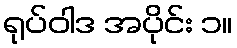
ရုပ်ဝါဒ အပိုင်း ၁။